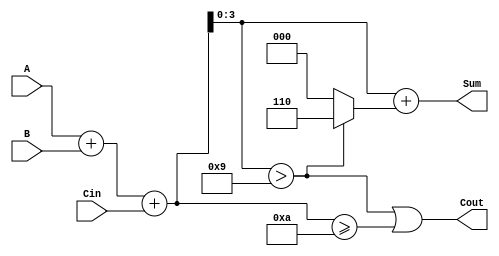
module BCD_Parallel_Adder (
    input  [3:0] A,      // First BCD digit
    input  [3:0] B,      // Second BCD digit
    input        Cin,     // Carry input
    output [3:0] Sum,     // BCD sum output
    output       Cout      // Carry output
);

    wire [4:0] RawSum;    // 5-bit wire to hold the raw sum (A + B + Cin)
    wire Correction;       // Signal to indicate if correction is needed

    // Calculate the raw sum of A, B, and Cin
    assign RawSum = A + B + Cin;

    // Determine if correction is needed (if RawSum > 9)
    assign Correction = RawSum[3:0] > 4'b1001;

    // Final sum calculation with correction
    assign Sum = RawSum[3:0] + (Correction ? 4'b0110 : 4'b0000);

    // Carry out is set if correction is needed or if RawSum >= 10
    assign Cout = Correction || (RawSum >= 5'b01010); // RawSum >= 10 in binary

endmodule